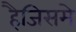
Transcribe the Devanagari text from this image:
हैजिसमे